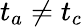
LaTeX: t_{a}\neq t_{c}